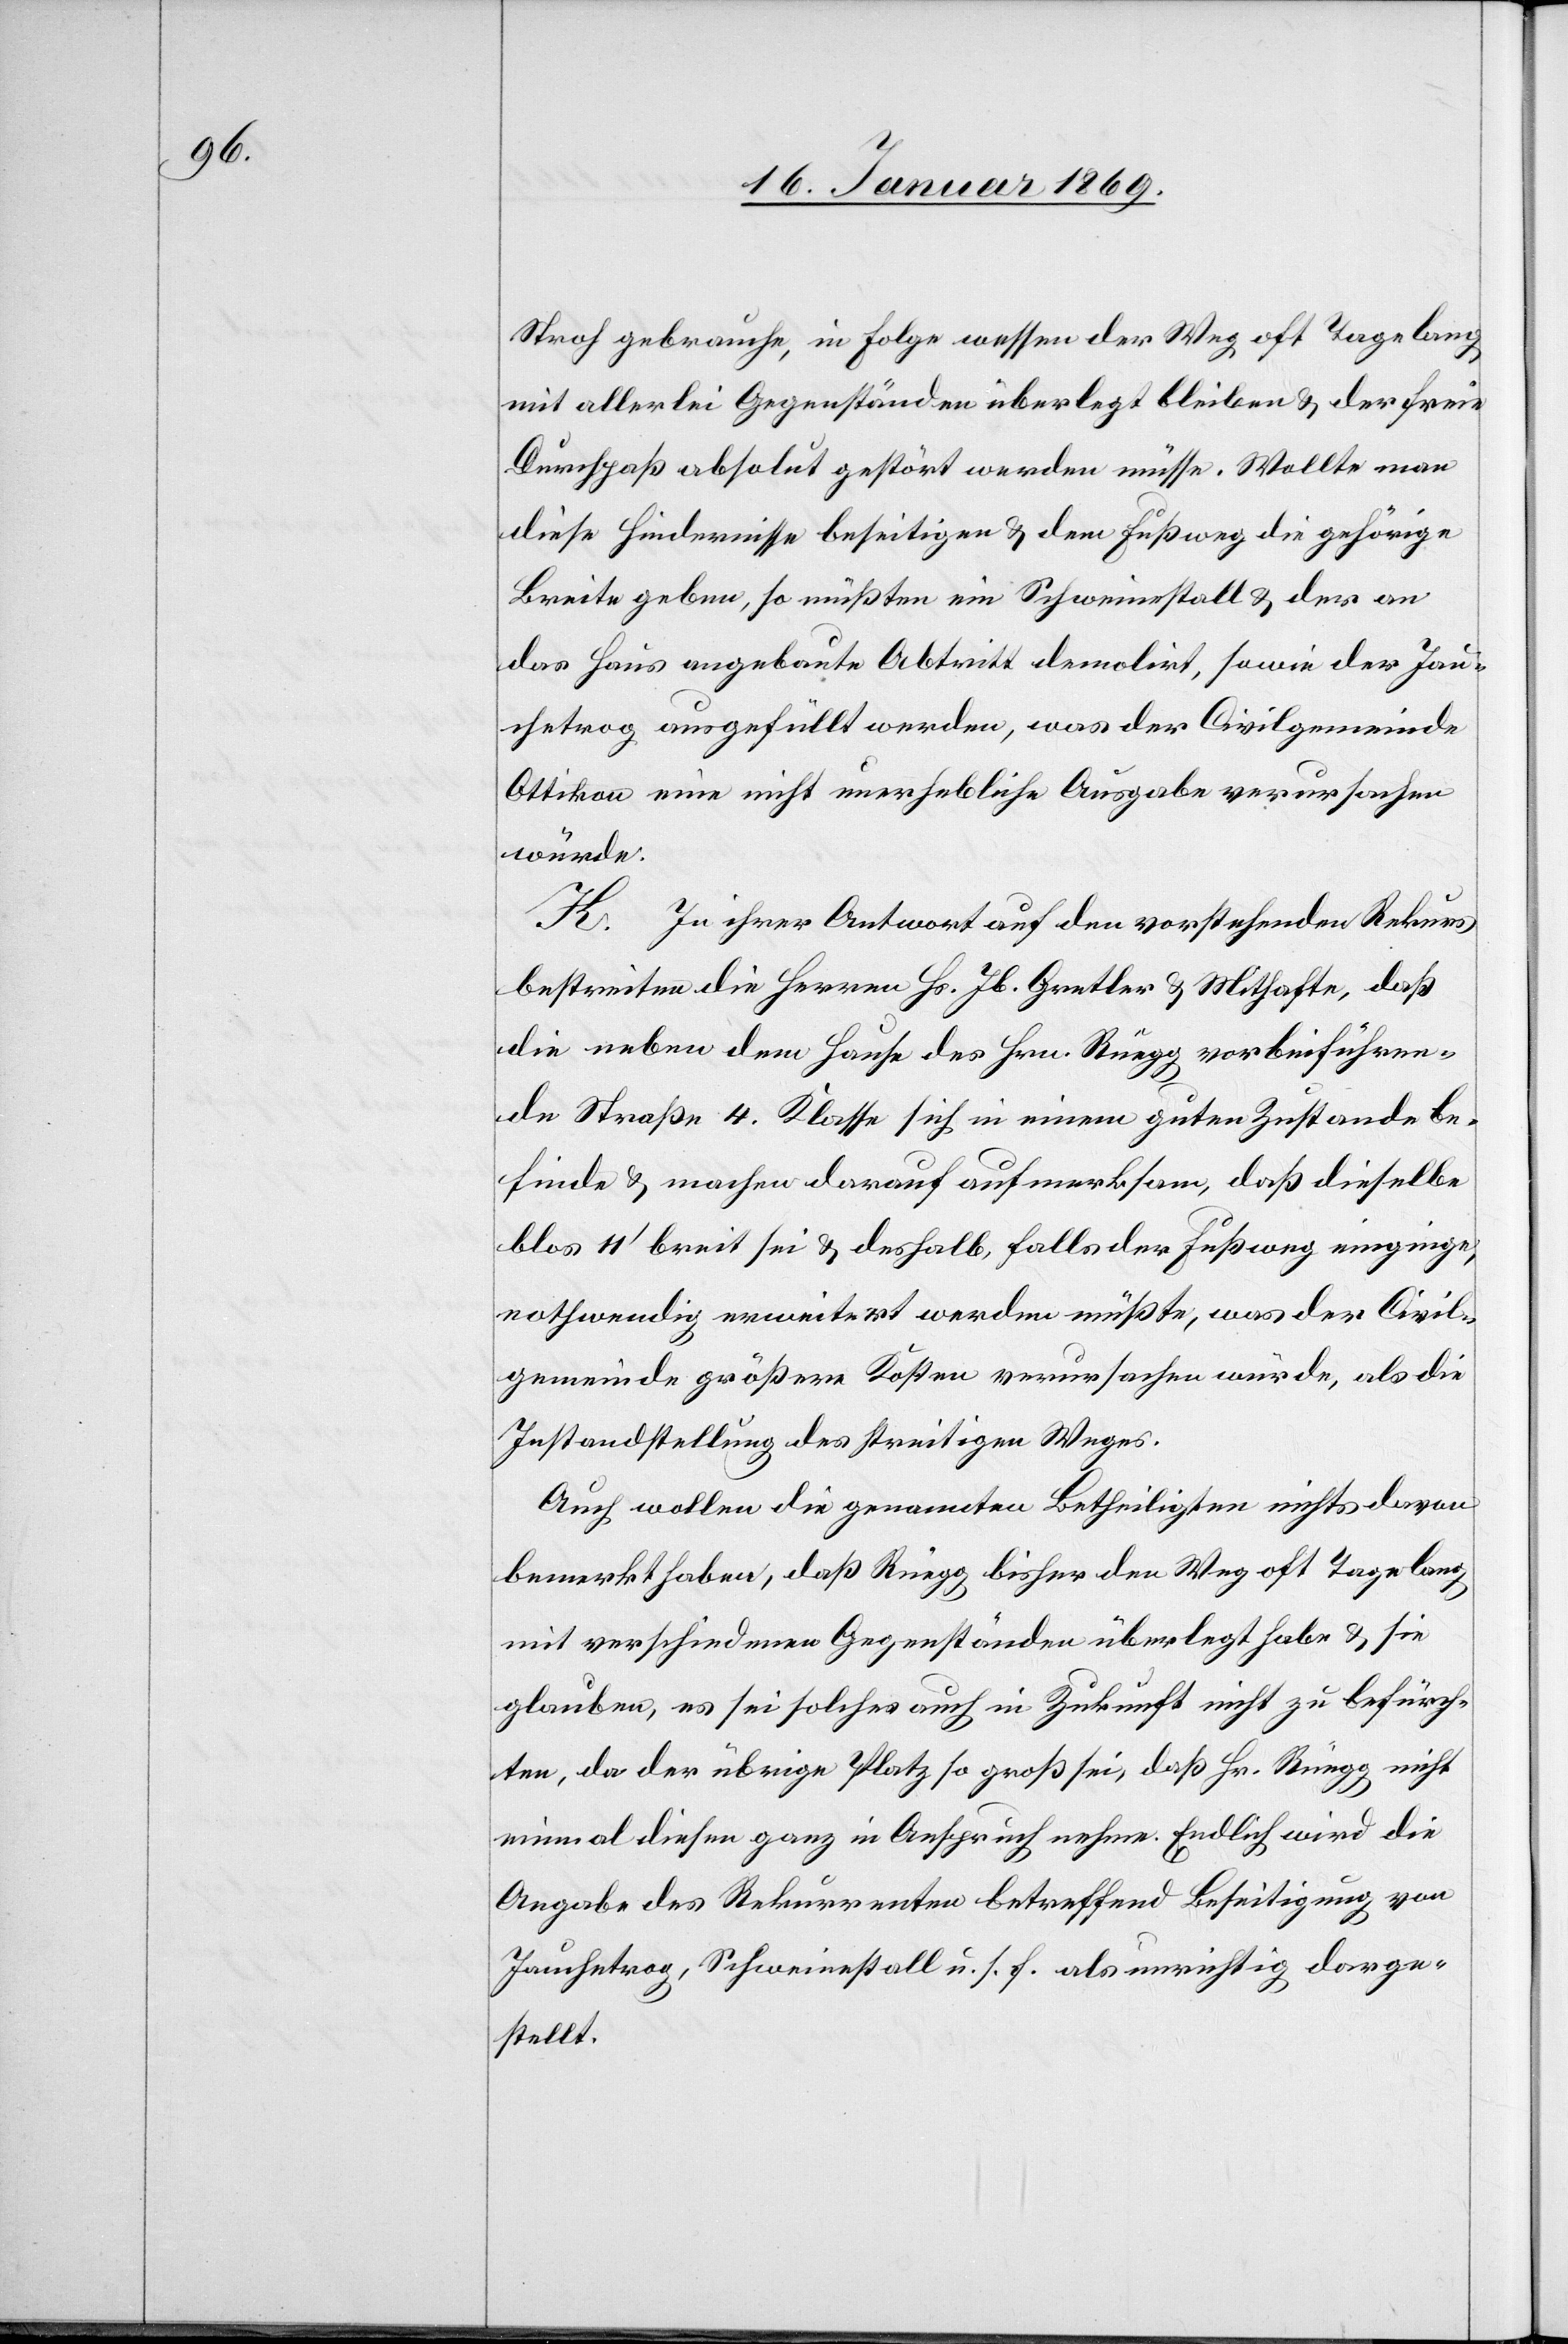
Stroh gebrauche, in Folge wessen der Weg oft tagelang
mit allerlei Gegenständen überlegt bleiben u. der freie
Durchpaß absolut gestört werden müsse. Wollte man
diese Hindernisse beseitigen u. dem Fußweg die gehörige
Breite geben, so müßten ein Schweinestall u. der an
das Haus angebaute Abtritt demolirt, sowie der Jau¬
chetrog ausgefüllt werden, was der Civilgemeinde
Ottikon eine nicht unerhebliche Ausgabe verursachen
würde.
H. In ihrer Antwort auf den vorstehenden Rekurs
bestreiten die Herren Hs. Jb. Gretler u. Mithafte, daß
die neben dem Hause des Hrn. Rüegg vorbeiführen¬
de Straße 4. Klasse sich in einem guten Zustande be¬
finde u. machen darauf aufmerksam, daß dieselbe
blos 11’ breit sei u. deshalb, falls der Fußweg einginge,
nothwendig erweitert werden müßte, was der Civil¬
gemeinde größere Kosten verursachen würde, als die
Instandstellung des streitigen Weges.
Auch wollen die genannten Betheiligten nichts davon
bemerkt haben, daß Rüegg bisher den Weg oft tagelang
mit verschiedenen Gegenständen überlegt habe u. sie
glauben, es sei solches auch in Zukunft nicht zu befürch¬
ten, da der übrige Platz so groß sei, daß Hr. Rüegg nicht
einmal diesen ganz in Anspruch nehme. Endlich wird die
Angabe des Rekurrenten betreffend Beseitigung von
Jauchetrog, Schweinestall u. s. f. als unrichtig darge¬
stellt.